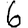
Digit: 6